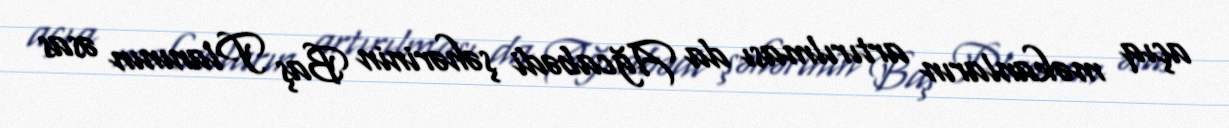
açıq məkanların artırılması da Ağcabədi şəhərinin Baş Planının əsas